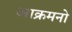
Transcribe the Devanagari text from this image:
आक्रमनो